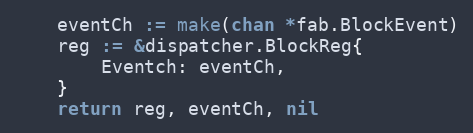
Language: Go
	eventCh := make(chan *fab.BlockEvent)
	reg := &dispatcher.BlockReg{
		Eventch: eventCh,
	}
	return reg, eventCh, nil